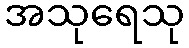
အသုရေသု